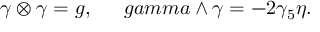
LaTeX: \gamma \otimes \gamma = g , \ \ \ \ \, g a m m a \wedge \gamma = - 2 \gamma _ { 5 } \eta .